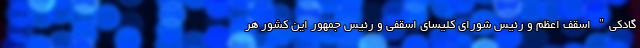
گادکی" اسقف اعظم و رئیس شورای کلیسای اسقفی و رئیس جمهور این کشور هر